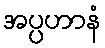
အပ္ပဟာနံ